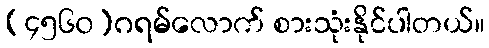
(၄၅၆၀)ဂရမ်လောက် စားသုံးနိုင်ပါတယ်။